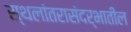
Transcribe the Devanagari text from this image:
स्थलांतरासंदर्भातील